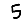
Digit: 5